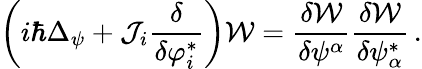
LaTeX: \left(i\hbar\Delta_{\psi}+{\cal J}_{i}\frac{\delta}{\delta\varphi_{i}^{*}}\right){\cal W}=\frac{\delta{\cal W}}{\delta\psi^{\alpha}}\frac{\delta{\cal W}}{\delta\psi_{\alpha}^{*}}\, .